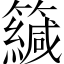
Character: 𥶳